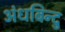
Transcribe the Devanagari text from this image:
अंधबिन्दु